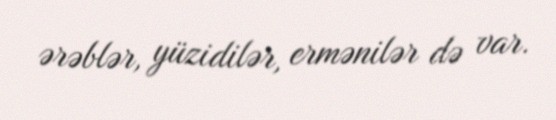
ərəblər, yüzidilər, ermənilər də var.